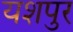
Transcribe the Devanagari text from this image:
यशपुर